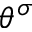
\theta ^ { \sigma }